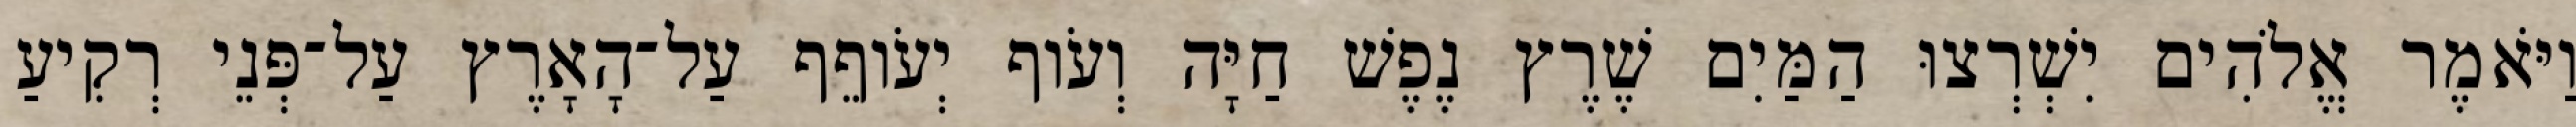
וַיֹּאמֶר אֱלֹהִים יִשְׁרְצוּ הַמַּיִם שֶׁרֶץ נֶפֶשׁ חַיָּה וְעֹוף יְעֹוףֵף עַל־הָאָרֶץ עַל־פְּנֵי רְקִיעַ